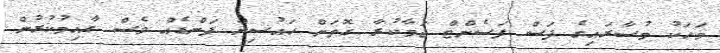
މަހަކު މުސާރައިގެ ފަސް ޕަސެންޓް ޖަމާކުރާ ގޮތަށް ހައުސިން ފަންޑެއް ވެސް ގާއިމުކުރުން